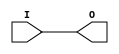
module IBUF_GTLP_DCI (O, I);

    output O;

    input  I;

	buf B1 (O, I);


endmodule